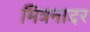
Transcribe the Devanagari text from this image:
मित्रनादर